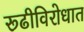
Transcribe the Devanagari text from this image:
रूढीविरोधात